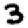
Digit: 3